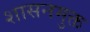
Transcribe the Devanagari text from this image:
शासनमुक्त